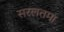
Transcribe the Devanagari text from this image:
सरलतमा